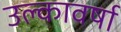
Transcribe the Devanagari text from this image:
उल्कावर्षा